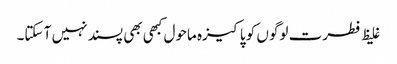
غلیظ فطرت لوگوں کو پاکیزہ ماحول کبھی بھی پسند نہیں آ سکتا۔